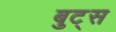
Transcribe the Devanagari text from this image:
बुट्स